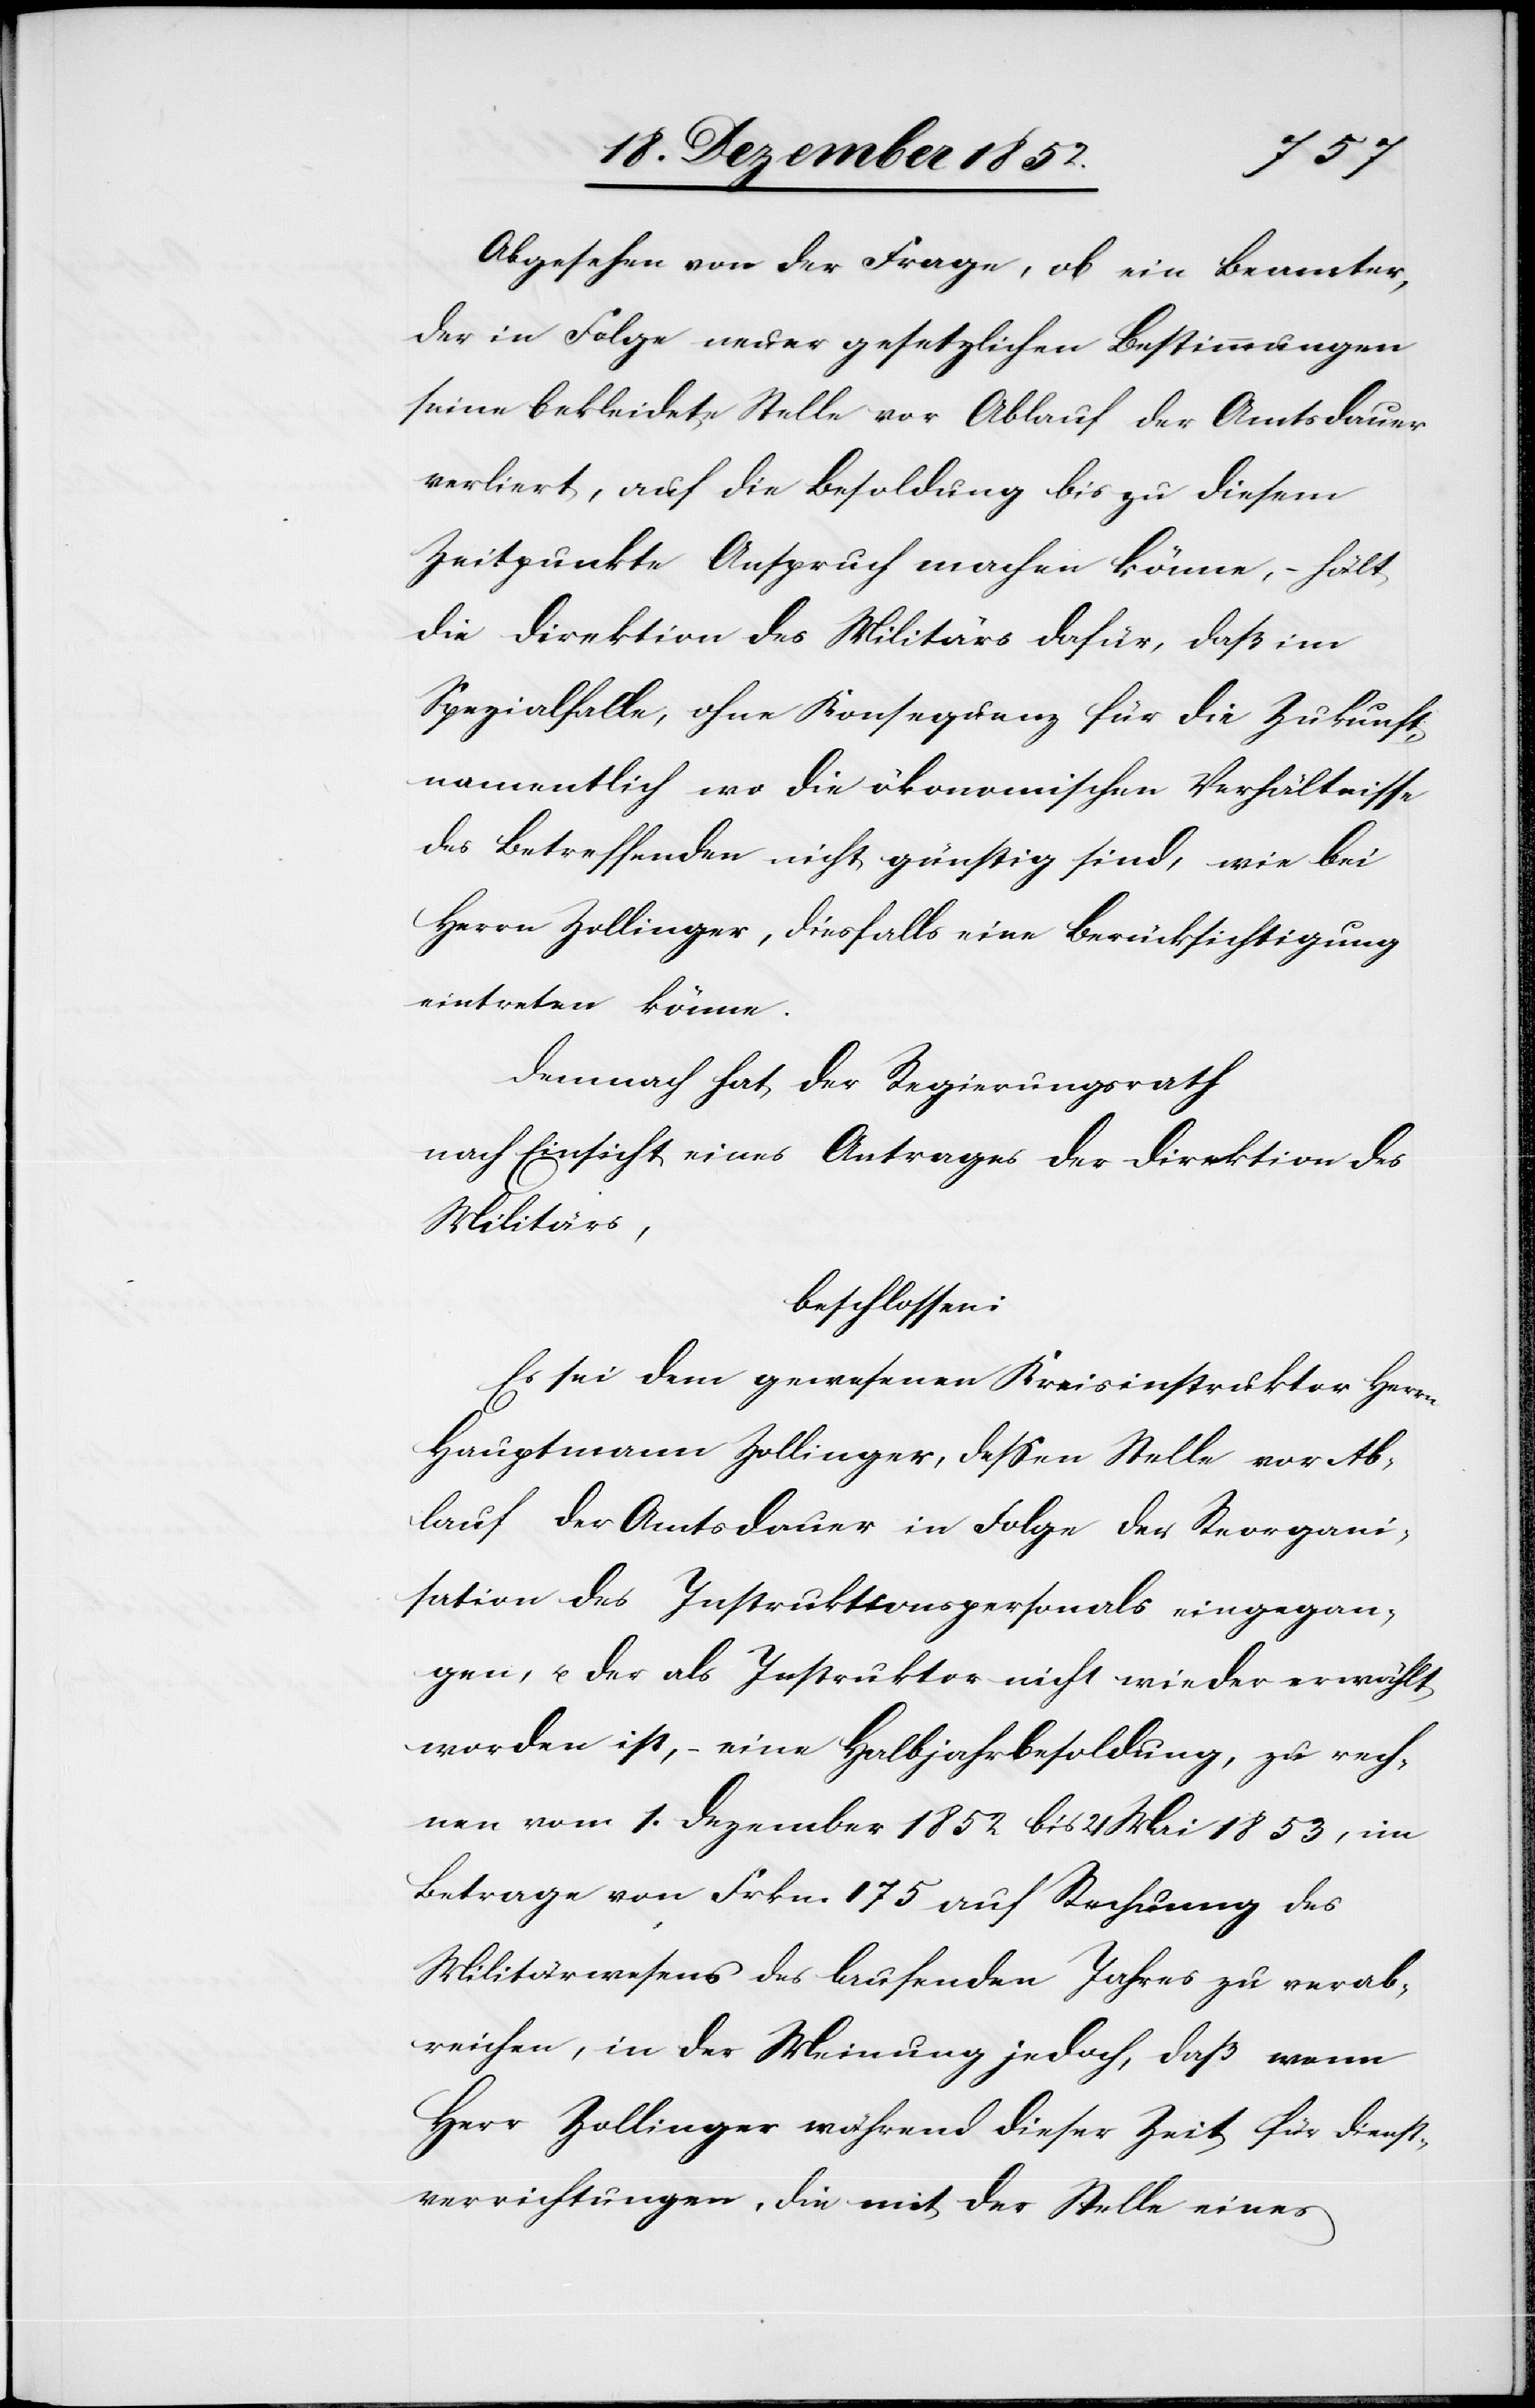
Abgesehen von der Frage, ob ein Beamter,
der in Folge neuer gesetzlichen Bestimmungen
seine bekleidete Stelle vor Ablauf der Amtsdauer
verliert, auf die Besoldung bis zu diesem
Zeitpunkte Anspruch machen könne, – hält
die Direktion des Militärs dafür, daß im
Spezialfalle, ohne Konsequenz für die Zukunft,
namentlich wo die ökonomischen Verhältnisse
des Betreffenden nicht günstig sind, wie bei
Herrn Zollinger, diesfalls eine Berücksichtigung
eintreten könne.
Demnach hat der Regierungsrath
nach Einsicht eines Antrages der Direktion des
Militärs,
beschlossen:
Es sei dem gewesenen Kreisinstruktor Herrn
Hauptmann Zollinger, dessen Stelle vor Ab¬
lauf der Amtsdauer in Folge der Reorgani¬
sation des Instruktionspersonals eingegan¬
gen, u. der als Instruktor nicht wieder erwählt
worden ist, – eine Halbjahrbesoldung, zu rech¬
nen vom 1. Dezember 1852 bis 21 Mai 1853, im
Betrage von Frkn. 175 auf Rechnung des
Militärwesens des laufenden Jahres zu verab¬
reichen, in der Meinung jedoch, daß wenn
Herr Zollinger während dieser Zeit für Dienst¬
verrichtungen, die mit der Stelle eines